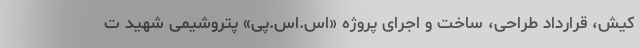
کیش، قرارداد طراحی، ساخت و اجرای پروژه «اس.اس.پی» پتروشیمی شهید ت